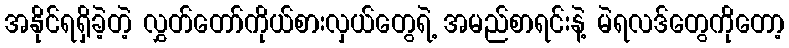
အနိုင်ရရှိခဲ့တဲ့ လွှတ်တော်ကိုယ်စားလှယ်တွေရဲ့ အမည်စာရင်းနဲ့ မဲရလဒ်တွေကိုတော့